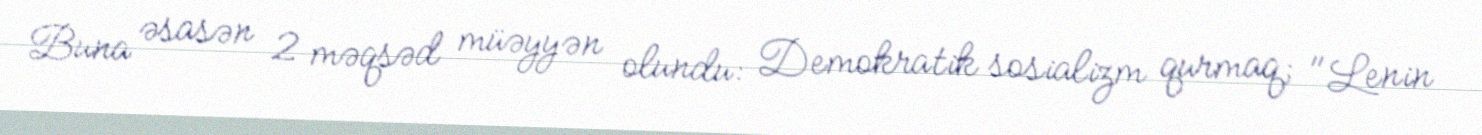
Buna əsasən 2 məqsəd müəyyən olundu: Demokratik sosializm qurmaq; "Lenin